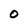
Character: O